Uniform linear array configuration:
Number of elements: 48
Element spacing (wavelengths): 0.5
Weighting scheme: hamming
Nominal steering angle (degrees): -30
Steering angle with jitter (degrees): -29.283
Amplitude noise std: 0.05
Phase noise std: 0.05

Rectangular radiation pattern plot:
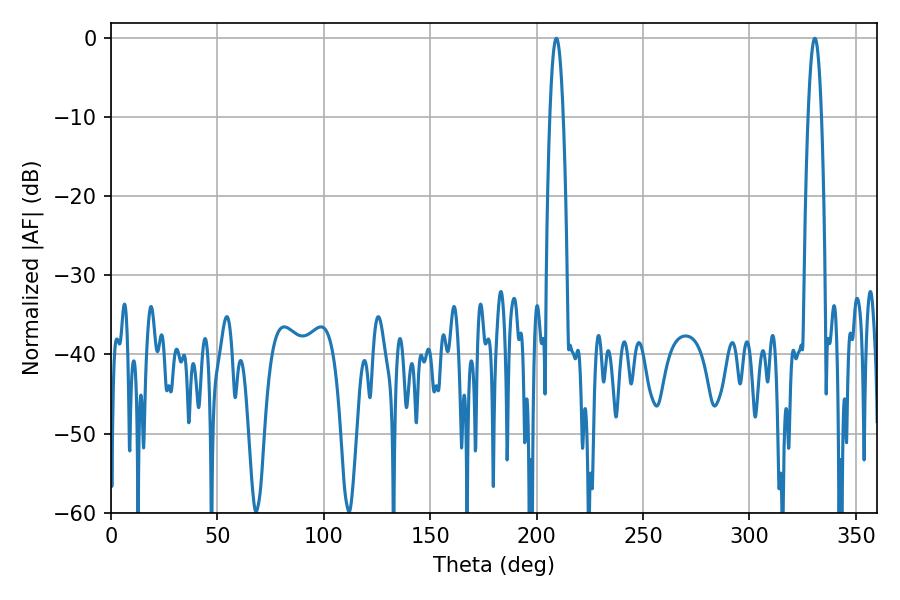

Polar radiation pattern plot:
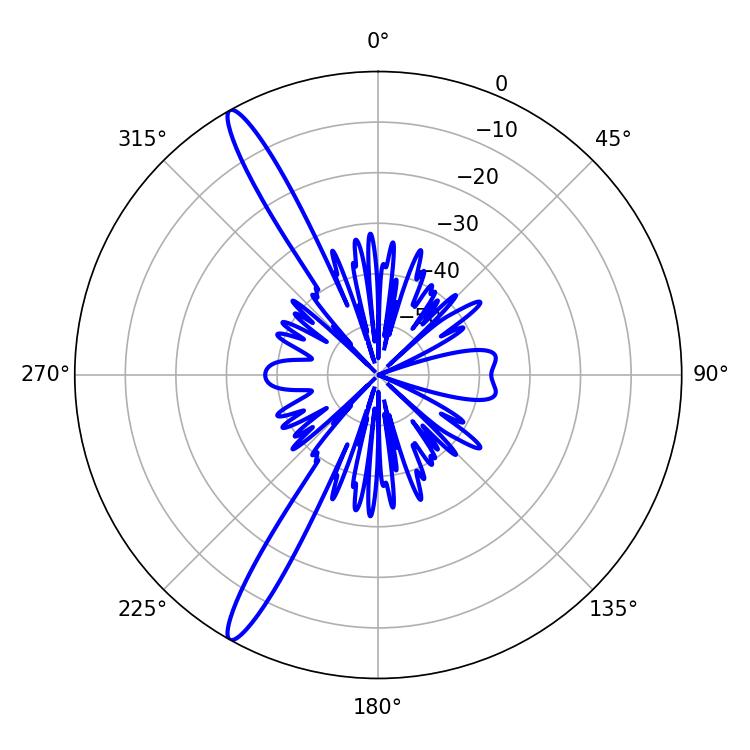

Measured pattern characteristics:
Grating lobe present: FALSE
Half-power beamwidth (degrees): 3.42
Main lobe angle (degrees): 330.66